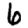
Digit: 6